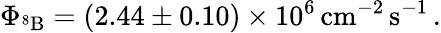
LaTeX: \Phi_{^8\mathrm{B}}=(2.44\pm 0.10)\times 10^{6}\, \mathrm{cm}^{-2}\, \mathrm{s}^{-1}\, .